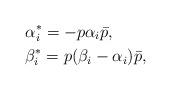
LaTeX: \begin{align*}&\alpha^*_i=-p\alpha_i\bar p,\\&\beta^*_i=p(\beta_i-\alpha_i)\bar{p}, \end{align*}